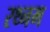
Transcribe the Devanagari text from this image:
रथ्नम